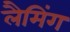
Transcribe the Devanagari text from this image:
लैमिंग